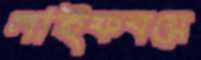
লাইফবয়ে